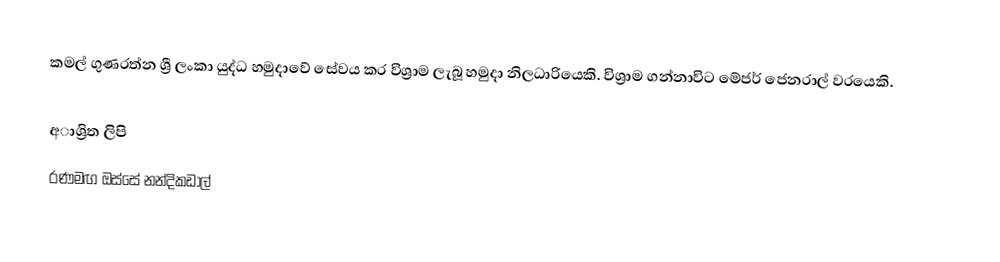
කමල් ගුණරත්න ශ්‍රී ලංකා යුද්ධ හමුදාවේ සේවය කර විශ්‍රාම ලැබූ හමුදා නිලධාරියෙකි. විශ්‍රාම ගන්නාවිට මේජර් ජෙනරාල් වරයෙකි.

අාශ්‍රිත ලිපි
 රණමඟ ඔස්සේ නන්දිකඩාල්